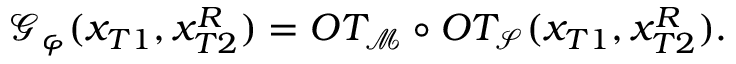
\mathcal { G } _ { \varphi } ( x _ { T 1 } , x _ { T 2 } ^ { R } ) = O T _ { \mathcal { M } } \circ O T _ { \mathcal { S } } ( x _ { T 1 } , x _ { T 2 } ^ { R } ) .